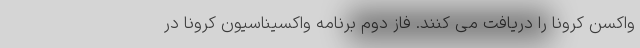
واکسن کرونا را دریافت می کنند. فاز دوم برنامه واکسیناسیون کرونا در